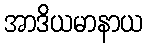
အာဒိယမာနာယ